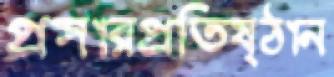
প্রসারপ্রতিষ্ঠান